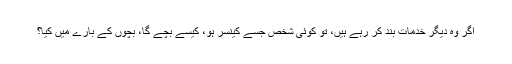
اگر وہ دیگر خدمات بند کر رہے ہیں، تو کوئی شخص جسے کینسر ہو، کیسے بچے گا، بچوں کے بارے میں کیا؟